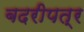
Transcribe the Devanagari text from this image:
बदरीपत्र